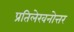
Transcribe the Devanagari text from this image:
प्रतिलेखनोत्तर